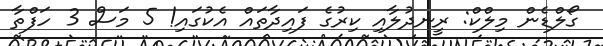
ގޯލްޑެން މިލްކް: ރީނދުލާއި ކިރުގެ ފައިދާތައް އެކުގައި! 5 މަސް 3 ހަފްތާ